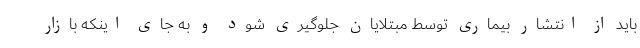
باید از انتشار بیماری توسط مبتلایان جلوگیری شود و به جای اینکه بازار